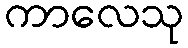
ကာလေသု